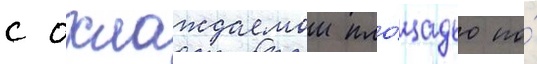
с охлаждаемои пло́щадью по́